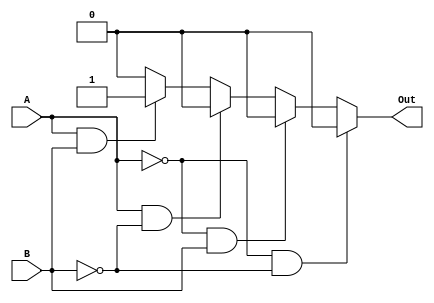
`timescale 1ns / 1ps

module AND1bit(A, B, Out);
    input A, B;
    output reg Out;

    always @(*)
    begin
        if(A == 0 && B == 0)
            Out <= 0;
        else if(A == 0 && B == 1)
            Out <= 0;
        else if(A == 1 && B == 0)
            Out <= 0;
        else if(A == 1 && B == 1)
            Out <= 1;
        else
            Out <= 0; //error
    end
endmodule